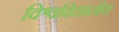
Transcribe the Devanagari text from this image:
विश्वविधालीय